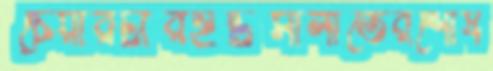
চেয়ারটারইটিসালাতেরশোষ